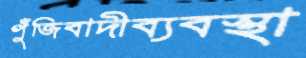
পুঁজিবাদীব্যবস্থা